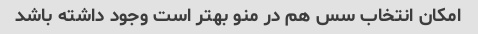
امکان انتخاب سس هم در منو بهتر است وجود داشته باشد